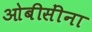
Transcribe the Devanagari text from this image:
ओबीसींना